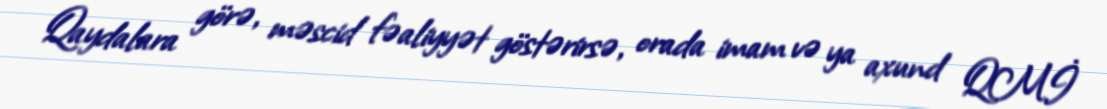
Qaydalara görə, məscid fəaliyyət göstərirsə, orada imam və ya axund QMİ